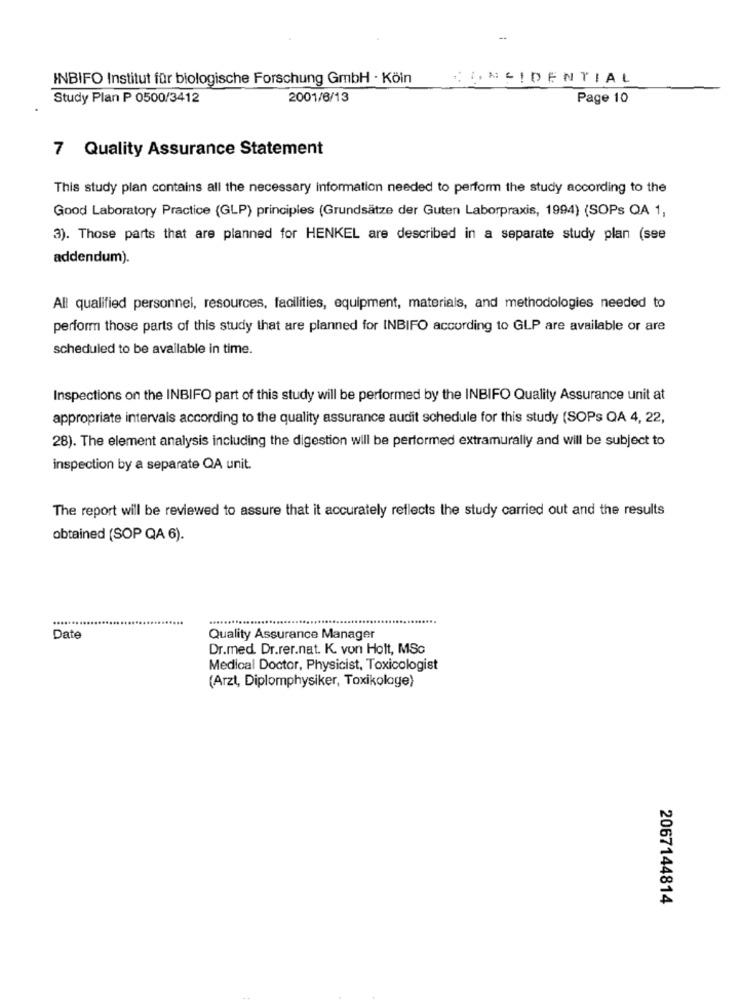
INBIFO Institut für biologische Forschung GmbH · Köin
Study Plan P 0500/3412
2001/6/13
Page 10
7 Quality Assurance Statement
This study plan contains all the necessary information needed to perform the study according to the
Good Laboratory Practice (GLP) principles (Grundsätze der Guten Laborpraxis, 1994) (SOPs QA 1,
3). Those parts that are planned for HENKEL are described in a separate study plan (see
addendum).
All qualified personnel, resources, facilities, equipment, materials, and methodologies needed to
perform those parts of this study that are planned for INBIFO according to GLP are available or are
scheduled to be available in time.
Inspections on the INBIFO part of this study will be performed by the INBIFO Quality Assurance unit at
appropriate intervals according to the quality assurance audit schedule for this study (SOPs QA 4, 22,
28). The element analysis including the digestion will be performed extramurally and will be subject to
inspection by a separate QA unit.
The report will be reviewed to assure that it accurately reflects the study carried out and the results
obtained (SOP QA 6).
Date
Quality Assurance Manager
Dr.med. Dr.rer.nat. K. von Holt, MSo
Medical Doctor, Physicist, Toxicologist
(Arzt, Diplomphysiker, Toxikolage)
2067144814